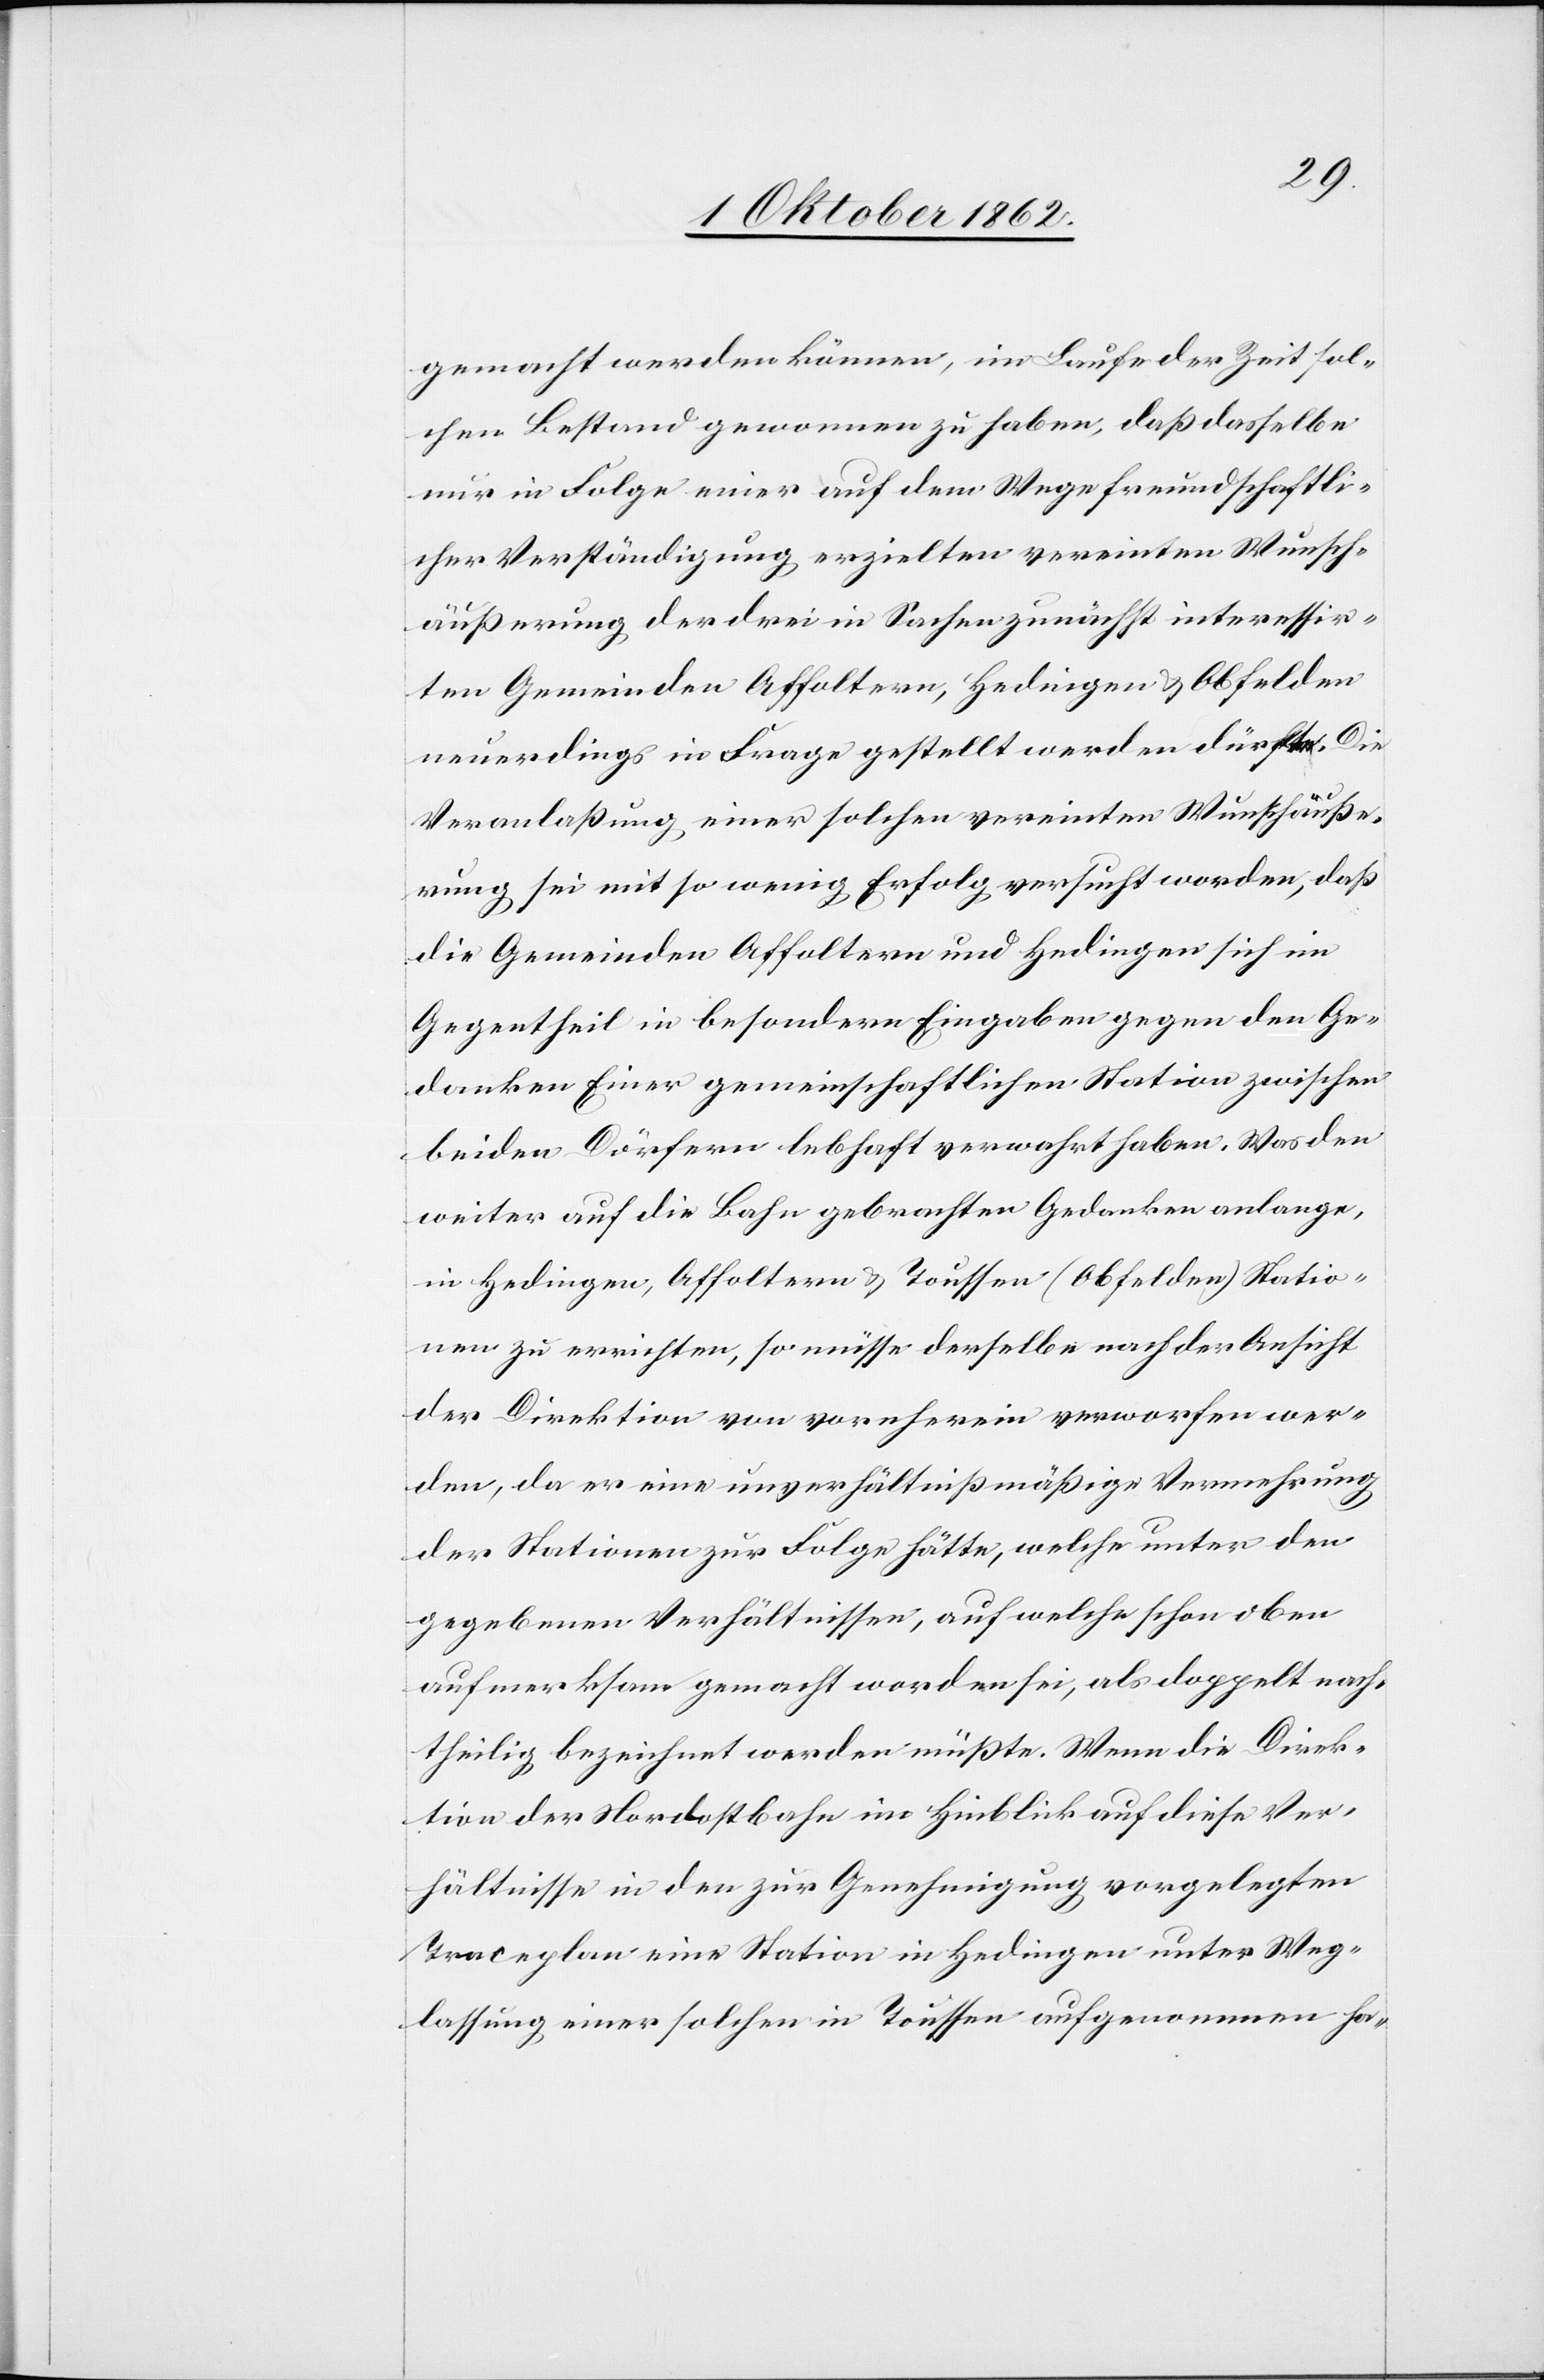
gemacht werden können, im Laufe der Zeit sol¬
chen Bestand gewonnen zu haben, daß dasselbe
mit in Folge einer auf den Wege freundschaftli¬
cher Verständigung erzielten verneinten Wunsch¬
äußerung der drei in Sachen zunächst interessir¬
ten Gemeinden Affoltern, Hedingen u. Obfelden
neuerdings in Frage gestellt werden dürfte. Die
Veranlaßung einer solchen vereinten Wunschäuße¬
rung sei mit so wenig Erfolg versucht worden, daß
die Gemeinden Affoltern und Hedingen sich im
Gegentheil in besondern Eingaben gegen den Ge¬
danken Einer gemeinschaftlichen Station zwischen
beiden Dörfern lebhaft verwahrt haben. Was den
weiter auf die Bahn gebrachten Gedanken anlange,
in Hedingen, Affoltern u. Toussen (Obfelden) Statio¬
nen zu errichten, so müsse derselbe nach der Ansicht
der Direktion von vorneherein verworfen wer¬
den, da er eine unverhältnißmäßige Vermehrung
der Stationen zur Folge hätte, welche unter den
gegebenen Verhältnissen, auf welche schon oben
aufmerksam gemacht worden sei, als doppelt nach¬
theilig bezeichnet werden müßte. Wenn die Direk¬
tion der Nordostbahn in Hinblick auf diese Ver¬
hältnisse in den zur Genehmigung vorgelegten
Traceplan eine Station in Hedingen unter Weg¬
lassung einer solchen in Toussen aufgenommen ha-